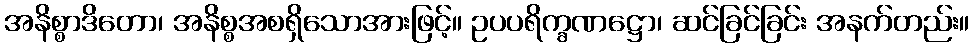
အနိစ္စာဒိတော၊ အနိစ္စအစရှိသောအားဖြင့်။ ဥပပရိက္ခဏဋ္ဌော၊ ဆင်ခြင်ခြင်း အနက်တည်း။